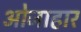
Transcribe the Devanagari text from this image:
ओजाहार